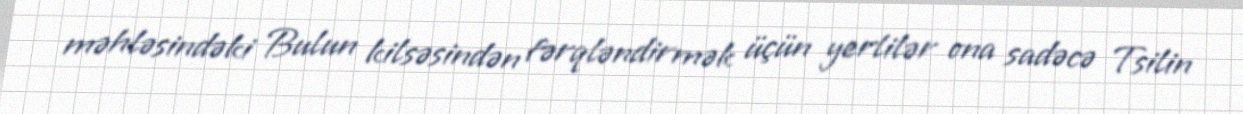
məhləsindəki Bulun kilsəsindən fərqləndirmək üçün yerlilər ona sadəcə Tsilin